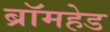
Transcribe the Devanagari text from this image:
ब्रॉमहेड